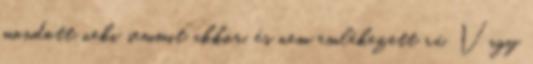
mondott neki semmit akkor, és nem emlékezett rá. Vagy